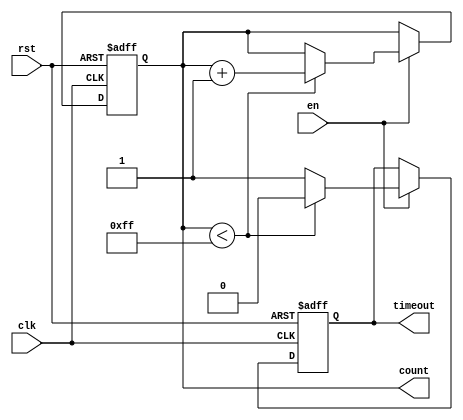
module timeout_counter #(
    parameter MAX_COUNT = 8'd255  // Configurable maximum count value
)(
    input wire clk,                // Clock input
    input wire rst,                // Asynchronous reset
    input wire en,                 // Enable signal
    output reg [7:0] count,        // 8-bit count output
    output reg timeout             // Time-out signal
);

    // State Initialization
    initial begin
        count = 8'd0;               // Initialize count to 0
        timeout = 1'b0;             // Initialize timeout to low
    end

    // Counter Logic
    always @(posedge clk or posedge rst) begin
        if (rst) begin
            count <= 8'd0;          // Reset count to 0
            timeout <= 1'b0;        // Deassert timeout signal
        end else if (en) begin
            if (count < MAX_COUNT) begin
                count <= count + 1; // Increment count
                timeout <= 1'b0;     // Keep timeout deasserted
            end else begin
                timeout <= 1'b1;     // Assert timeout signal when max count is reached
            end
        end
    end

endmodule